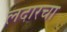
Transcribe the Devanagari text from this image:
लदारचा